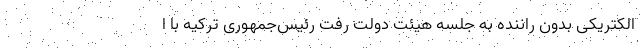
الکتریکی بدون راننده به جلسه هیئت دولت رفت رئیس‌جمهوری ترکیه با ا